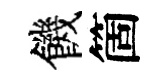
饑箇